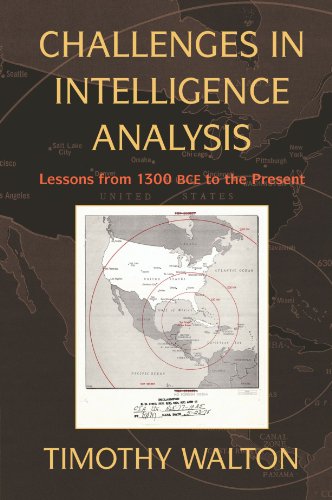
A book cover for Challenges in Intelligence Analysis: Lessons from 1300 BCE to the Present; Timothy Walton; Reference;